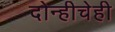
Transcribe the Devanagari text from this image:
दोन्हीचेही